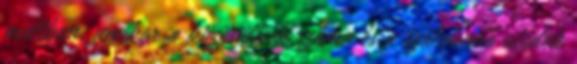
múltban, amikor a közösülések száma és a születendő utódok